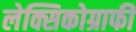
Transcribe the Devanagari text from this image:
लेक्सिकोग्राफी